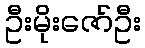
ဦးမိုးဇော်ဦး